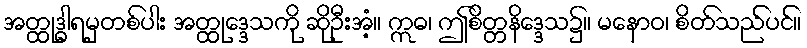
အတ္ထုဒ္ဓါရမှတစ်ပါး အတ္ထုဒ္ဒေသကို ဆိုဦးအံ့။ ဣဓ၊ ဤစိတ္တနိဒ္ဒေသ၌။ မနောဝ၊ စိတ်သည်ပင်။